Vaccine operations Central Provinces 1886-1899 - 1886-1899
Year: 1886
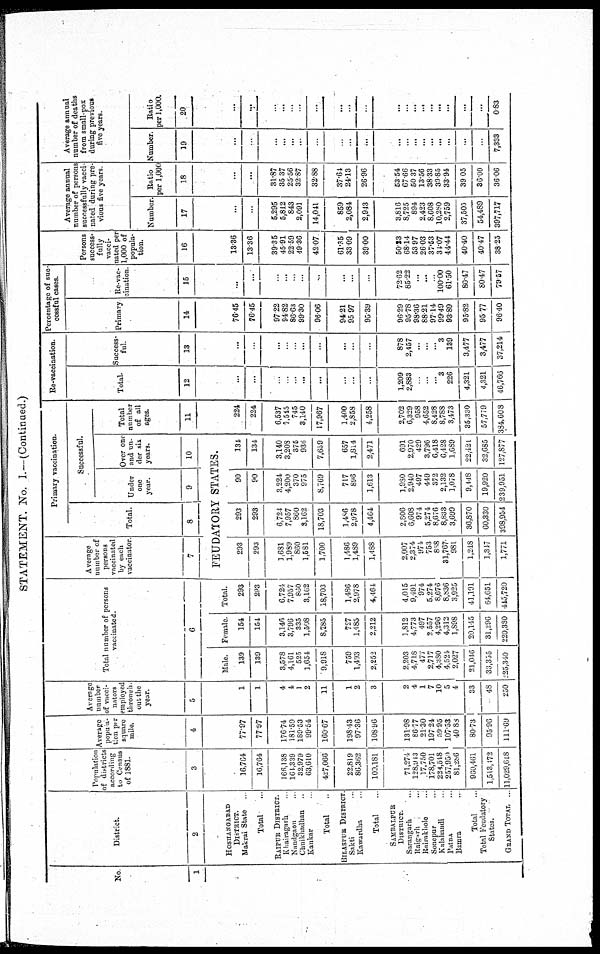
STATEMENT. No. I.—(Continued.)
No
1
District.
2
HOSHANGABAD
DISTRICT.
Makrai State ...
Total ...
RAIPUR DISTRICT.
Khairagarh ...
Nandgaon
...
Chmkhadhan ...
Kankar ...
Total ...
BILASPUR DISTRICT.
Sakti ...
Kawardha ...
Total ...
SAMBALPUR
DISTRICT.
Sarangarh ...
Raigarh ...
Rairakhole ...
Sonepur ...
Kalahandi ...
Patna
...
Bamra ...
Total ...
Total Feudatory
States.
GRAND TOTAL ...
Population
of districts
according
to Census
of 1881.
3
16,764
16,764
166,138
164,339
32,979
63,610
427,066
22,819
86,362
100,181
71,274
128,943
17,750
178,701
224,548
257,939
81,286
960,461
1,513,172
11,029,618
Average
popula¬
tion per
square
mile.
4
77.97
77.97
176.74
181.59
189.53
99.54
160.67
198.43
97.36
108.96
131.98
86.77
21.30
197.24
59.95
107.53
40.88
80.73
95.96
111.69
Average
number
of vacci-
nators
employed
through¬
out the
year.
5
1
1
4
4
1
2
11
1
2
3
2
4
1
7
10
5
4
33
48
250
Total number of persons
vaccinated.
6
Male.
139
139
3,578
4,161
525
1,654
9,918
759
1,493
2,252
2,203
4,718
477
2,717
4,380
4,524
2,027
21,016
33,355
225,340
Female.
154
154
3,146
3,796
335
1,508
8,785
727
1,485
2,212
1,812
4,773
497
2,557
4,296
4,312
1,898
20,145
31,296
220,380
Total.
293
293
6,724
7,957
860
3,162
18,703
1,486
2,978
4,464
4,015
9,491
974
5,274
8,676
8,836
3,925
41,191
64,651
443,720
Average
number of
persons
vaccinated
by each
vaccinator
7
Primary vaccination.
Total.
8
Successful.
Under
one
year.
9
Over one
and un-
der six
years.
10
FEUDATORY STATES.
293
293
1,681
1,989
860
1,581
1,700
1,486
1,489
1,488
2,007
2,374
974
753
868
31,767
981
1,218
1,347
1,771
293
293
6,724
7,957
860
3,162
18,703
1,486
2,978
4,464
2,806
6,608
974
5,274
8,676
8,833
3,699
36,870
60,330
398,954
90
90
3,224
4,200
370
975
8,769
717
896
1,613
1,980
2,940
497
449
372
2,132
1,078
9,448
19,920
239,951
134
134
3,140
3,208
375
936
7,659
657
1,814
2,471
691
2,970
429
3,796
6,418
6,428
1,689
22,421
32,685
127,877
Total
number
of all
ages.
11
224
224
6,537
7,545
745
3,140
17,967
1,400
2,858
4,258
2,702
6,329
958
4,652
8,428
8,788
3,473
35,330
57,779
384,608
Re-vaccination.
Total.
12
...
...
...
...
...
...
...
...
...
...
1,209
2,883
...
...
...
3
226
4,321
4,321
46,766
Success-
ful.
13
...
...
...
...
...
...
...
...
...
...
878
2,457
...
...
...
3
139
3,477
3,477
37,214
Percentage of suc¬
cessful cases.
Primary
14
76.45
76.45
97.22
94.82
86.63
99.30
96.06
94.21
95.97
95.39
96.29
95.78
98.36
88.21
97.14
99.49
93.89
95.82
95.77
96.40
Re-vac-
cination
15
...
...
...
...
...
...
...
...
...
...
72.62
85.22
...
...
...
100.00
61.50
80.47
80.47
79.57
Persons
success-
fully
vacci-
nated per
1,000 of
popula-
tion.
16
13.36
13.36
39.35
45.91
22.59
49.36
42.07
61.35
33.09
39.00
50.23
68.14
53.97
26.03
37.53
34.07
44.44
40.40
40.47
38.25
Average annual
number of persons
successfully vacci¬
nated during pre¬
vious five years.
Number.
17
...
...
5,295
5,812
843
2,091
14,041
859
2,084
2,943
3,816
8,725
894
2,423
8,608
10,280
2,759
37,505
54,489
397,717
Ratio
per l,000
18
...
...
31.87
35.37
25.56
32.87
32.88
37.61
24.13
26.96
53.54
67.66
50.37
13.56
38.33
30.85
33.94
39.05
36.00
36.06
Average annual
number of deaths
from small-pox
during previous
five years.
Number.
19
...
...
...
...
...
...
...
...
...
...
...
...
...
...
...
...
...
...
...
7,333
Ratio
per 1,000.
20
...
...
...
...
...
...
...
...
...
...
...
...
...
...
...
...
...
...
...
0.83